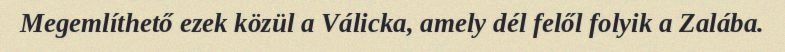
Megemlíthető ezek közül a Válicka, amely dél felől folyik a Zalába.